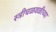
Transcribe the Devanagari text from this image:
स्त्रीचळवळीच्या